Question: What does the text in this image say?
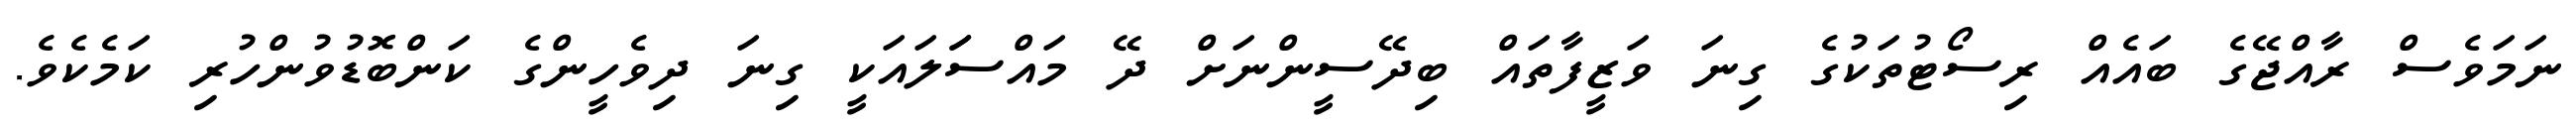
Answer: ނަމަވެސް ރާއްޖޭގެ ބައެއް ރިސޯޓުތަކުގެ ގިނަ ވަޒީފާތައް ބިދޭސީންނަށް ދޭ މައްސަަލައަކީ ގިނަ ދިވެހީންގެ ކަންބޮޑުވުންހުރި ކަމެކެވެ.